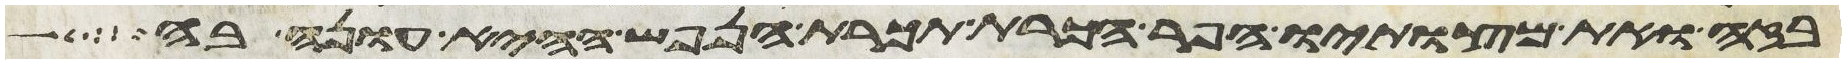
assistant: בזה ואת מצותיו הפר הכרת תכרת הנפש ההיא עונה בה